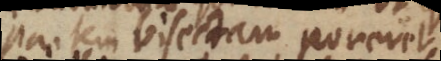
partem bisectam poneret,